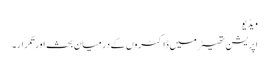
ویڈیو
اپریشن تھیٹر میں ڈاکٹروں کے درمیان بحث اورتکرار۔